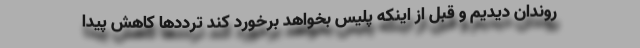
روندان دیدیم و قبل از اینکه پلیس بخواهد برخورد کند ترددها کاهش پیدا